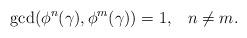
LaTeX: \begin{align*}{} \gcd(\phi^n(\gamma),\phi^m(\gamma))=1,\;\;\;n\neq m.\end{align*}